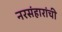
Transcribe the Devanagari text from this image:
नरसंहारांची